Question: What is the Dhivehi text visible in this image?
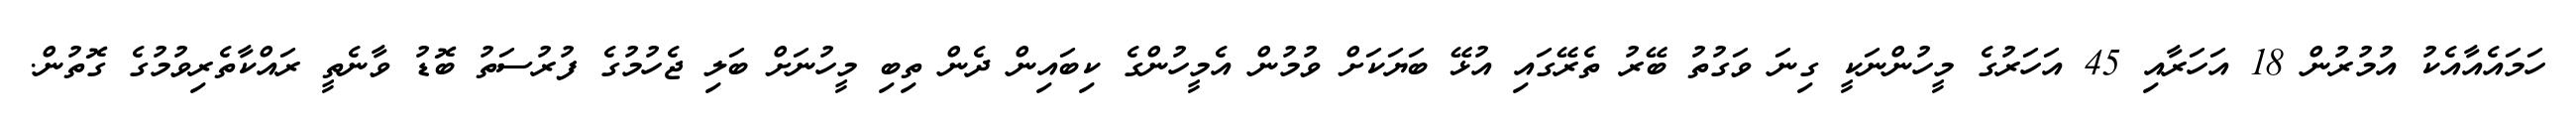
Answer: ހަމައެއާއެކު އުމުރުން 18 އަހަރާއި 45 އަހަރުގެ މީހުންނަކީ ގިނަ ވަގުތު ބޭރު ތެރޭގައި އުޅޭ ބަޔަކަށް ވުމުން އެމީހުންގެ ކިބައިން ދެން ތިބި މީހުނަށް ބަލި ޖެހުމުގެ ފުރުސަތު ބޮޑު ވާނެތީ ރައްކާތެރިވުމުގެ ގޮތުން.